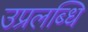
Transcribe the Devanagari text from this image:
उप्रलब्धि